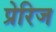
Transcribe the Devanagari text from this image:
प्रेरिज